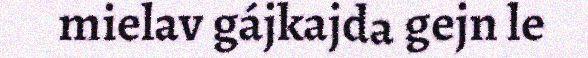
mielav gájkajda gejn le